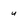
Character: u